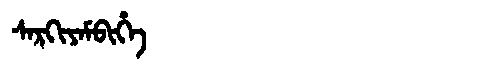
Manchu: ᠰᠠᡵᡴᡳᠶᠠᠮᠪᡳᡥᡝ
Romanization: SARKIYAMBIHE